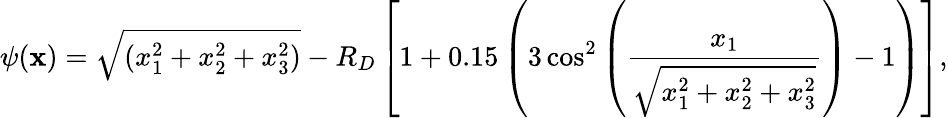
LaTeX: \psi(\mathbf{x})=\sqrt{(x_{1}^{2}+x_{2}^{2}+x_{3}^{2})}-R_{D}\left[1+0.15\left(3\cos^{2}\left(\frac{x_{1}}{\sqrt{x_{1}^{2}+x_{2}^{2}+x_{3}^{2}}}\right)-1\right)\right],